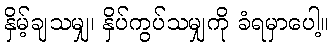
နှိမ့်ချသမျှ၊ နှိပ်ကွပ်သမျှကို ခံရမှာပေါ့။